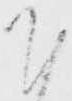
下